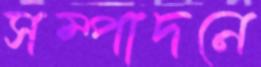
সম্পাদনে